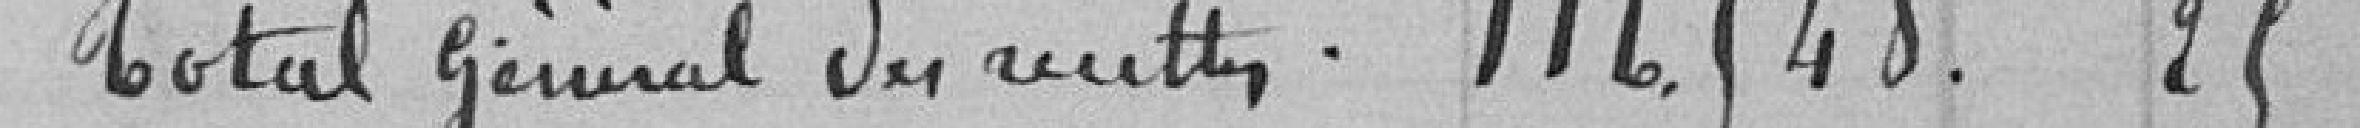
Total général des recettes 116548.25